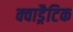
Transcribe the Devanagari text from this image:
क्वाड्रैटिक